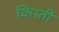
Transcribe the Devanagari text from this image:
किस्‍ती